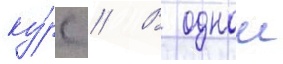
ку́рс // В однои